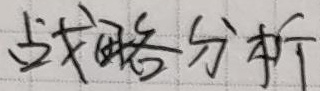
战略分析